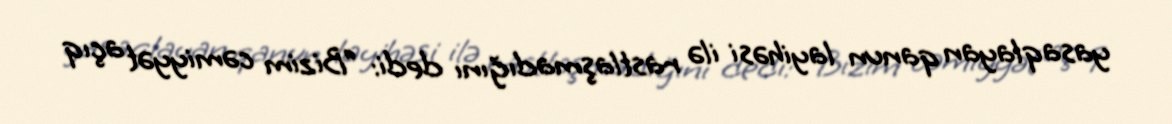
yasaqlayan qanun layihəsi ilə rastlaşmadığını dedi: “Bizim cəmiyyət açıq